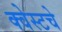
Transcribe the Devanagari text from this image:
क्वेस्टचे